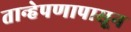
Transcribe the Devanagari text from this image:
तान्हेपणापासून